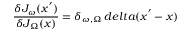
\frac { \delta J _ { \omega } ( x ^ { ' } ) } { \delta J _ { \Omega } ( x ) } = \delta _ { \omega , \Omega } \, d e l t a ( x ^ { ' } - x )